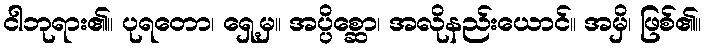
ငါဘုရား၏။ ပုရတော၊ ရှေ့မှ။ အပ္ပိစ္ဆော၊ အလိုနည်းယောင်။ အမှိ၊ ဖြစ်၏။